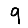
Digit: 9